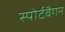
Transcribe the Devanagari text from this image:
स्पोर्टवैगन